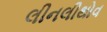
લીનલીથોવ